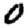
Digit: 0